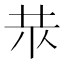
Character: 𱽓